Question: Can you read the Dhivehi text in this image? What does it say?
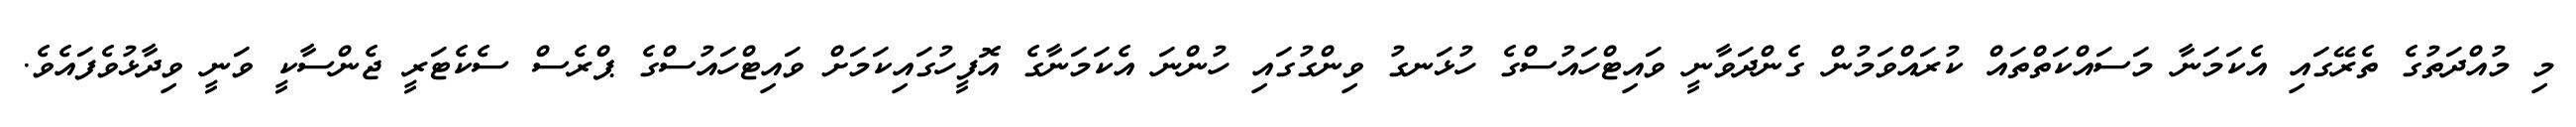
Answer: މި މުއްދަތުގެ ތެރޭގައި އެކަމަނާ މަސައްކަތްތައް ކުރައްވަމުން ގެންދަވާނީ ވައިޓްހައުސްގެ ހުޅަނގު ވިންގުގައި ހުންނަ އެކަމަނާގެ އޮފީހުގައިކަމަށް ވައިޓްހައުސްގެ ޕްރެސް ސެކެޓަރީ ޖެންސާކީ ވަނީ ވިދާޅުވެފައެވެ.